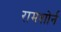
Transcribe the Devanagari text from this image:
रामशोर्न